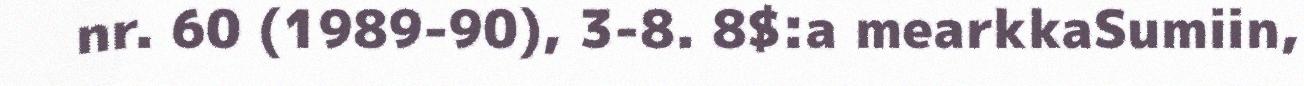
nr. 60 (1989-90), 3-8. 8$:a mearkkaSumiin,